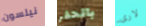
نيلسون بالحفر لارى